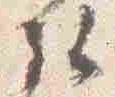
弘